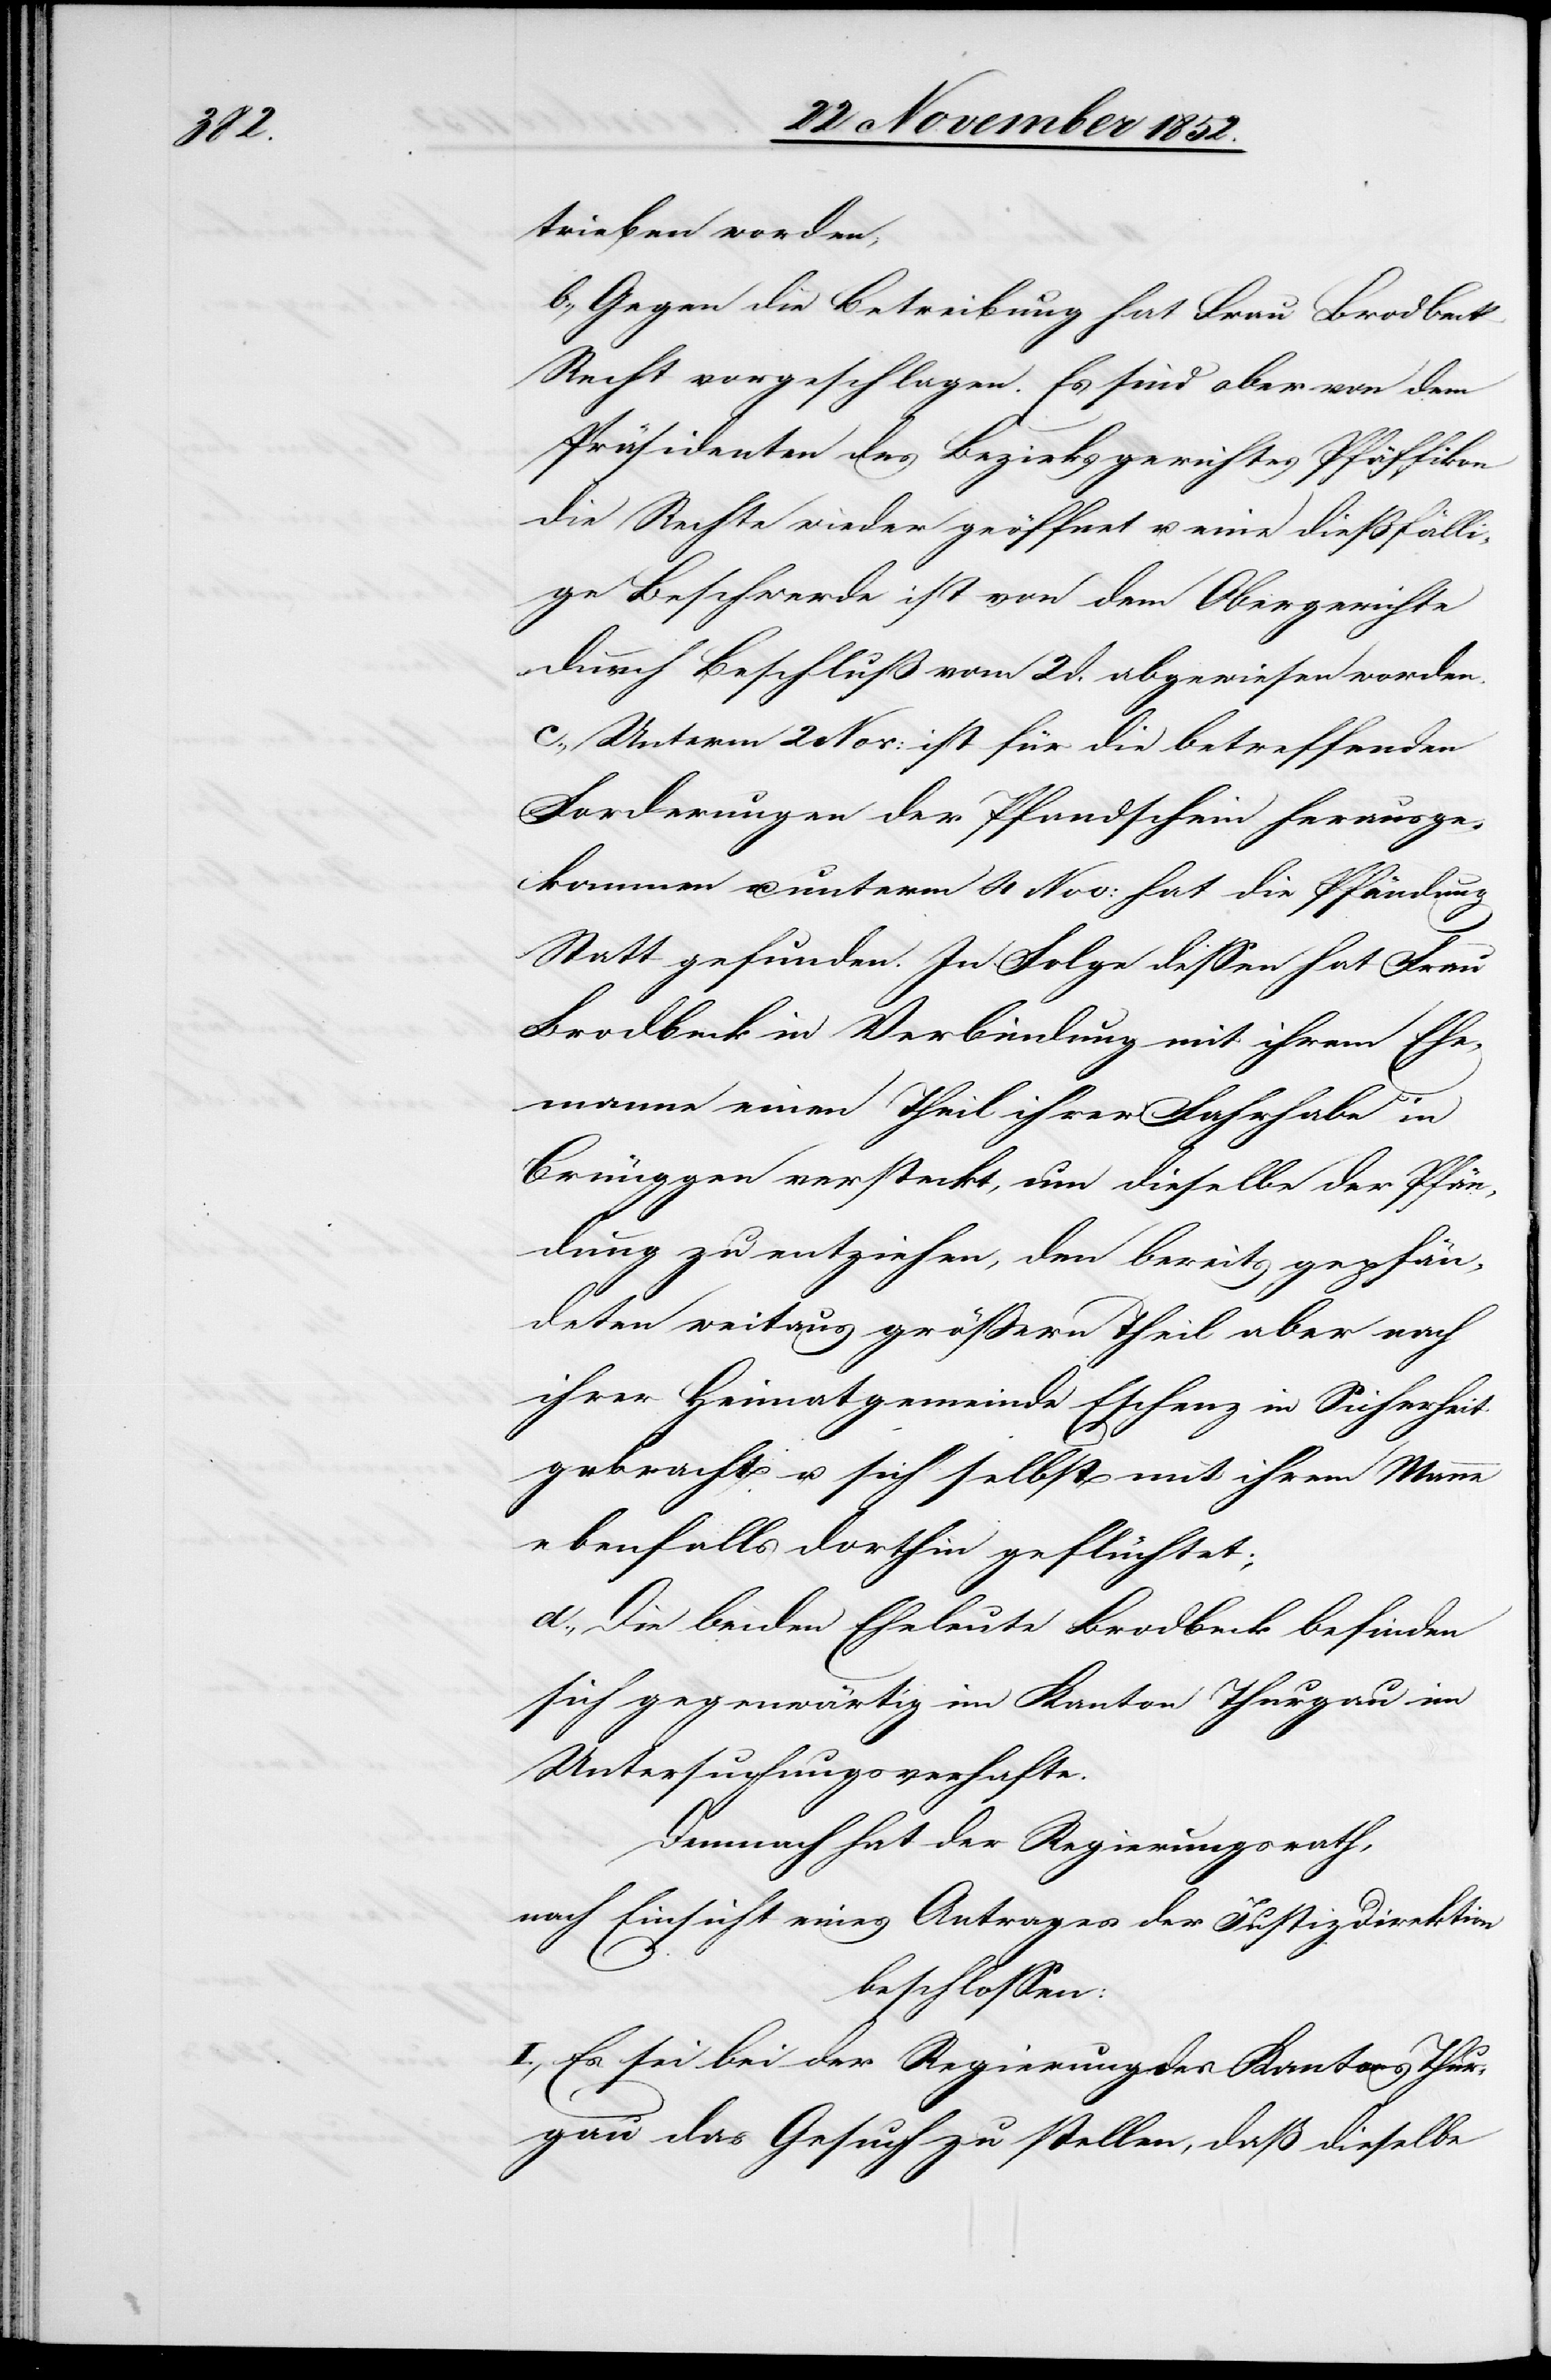
trieben worden;
b., Gegen die Betreibung hat Frau Brodbeck
Recht vorgeschlagen. Es sind aber von dem
Präsidenten des Bezirksgerichtes Pfäffikon
die Rechte wieder geöffnet u. eine dießfälli¬
ge Beschwerde ist von dem Obergerichte
durch Beschluß vom 2 d. abgewiesen worden.
c., Unterm 2 Nov: ist für die betreffenden
Forderungen der Pfandschein herausge¬
kommen u. unterm 4 Nov: hat die Pfändun¬
g
Statt gefunden. In Folge dessen hat Frau
Brodbeck in Verbindung mit ihrem Ehe¬
manne einen Theil ihrer Fahrhabe in
Brünggen versteckt, um dieselbe der Pfän¬
dung zu entziehen, den bereits gepfän¬
deten weitaus größern Theil aber nach
ihrer Heimatgemeinde Eschenz in Sicherheit
gebracht u. sich selbst mit ihrem Manne
ebenfalls dorthin geflüchtet;
d., Die beiden Eheleute Brodbeck befinden
sich gegenwärtig im Kanton Thurgau im
Untersuchungsverhafte.
Demnach hat der Regierungsrath,
nach Einsicht eines Antrages der Justizdirektion
beschlossen:
I., Es sei bei der Regierung des Kantons Thur¬
gau das Gesuch zu stellen, daß dieselbe